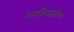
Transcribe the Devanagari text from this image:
आशियाातील